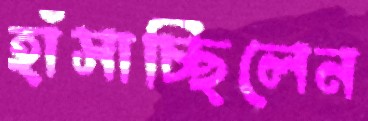
হাঁসাচ্ছিলেন